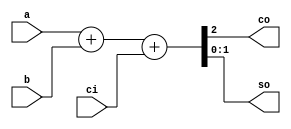
/*
 * Antonio Aguilar
 * Sumador aritmetico de 2 bits
*/

module sum2ba(input[1:0] a, b, input ci, output co, output[1:0] so);
	assign {co, so} = a + b + ci;
endmodule